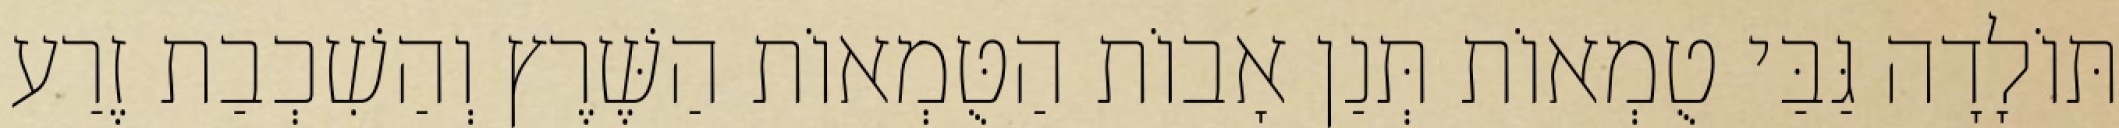
תּוֹלָדָה גַּבַּי טֻמְאוֹת תְּנַן אָבוֹת הַטֻּמְאוֹת הַשֶּׁרֶץ וְהַשִׁכְבַת זֶרַע